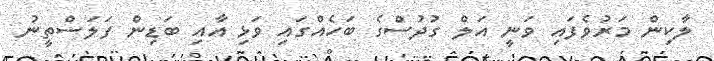
ލާކިން މަރުވެފައި ވަނީ އަލް ގުދުސްގެ ބަހެއްގައި ވަޅި އާއި ބަޑިން ފަލަސްތީނު